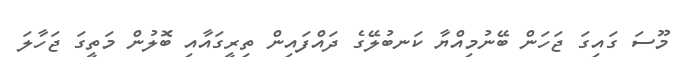
މޫސަ ގައިގަ ޖަހަން ބޭނުމިއްޔާ ކަނބުލޭގެ ދައްފައިން ތިރީގައާއި ބޮލުން މަތީގަ ޖަހާލަ